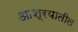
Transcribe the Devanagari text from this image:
आश्रयातील